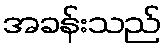
အခန်းသည်